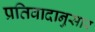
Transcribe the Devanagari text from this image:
प्रतिवादानुसार